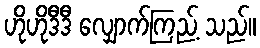
ဟိုဟိုဒီဒီ လျှောက်ကြည့် သည်။